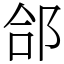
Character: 郃